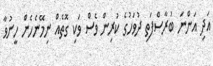
އަދި އަންނަ ބުރާސްފަތި ދުވަހުގެ ކުރިން ވެސް ވަކި ގޮތެއް ނިމޭނެހެން ހީނުވާ